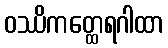
ဝဿိကတ္ထေရဂါထာ